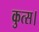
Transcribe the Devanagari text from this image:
कुत्स।